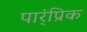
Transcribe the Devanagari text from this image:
पार्ंप्रिक